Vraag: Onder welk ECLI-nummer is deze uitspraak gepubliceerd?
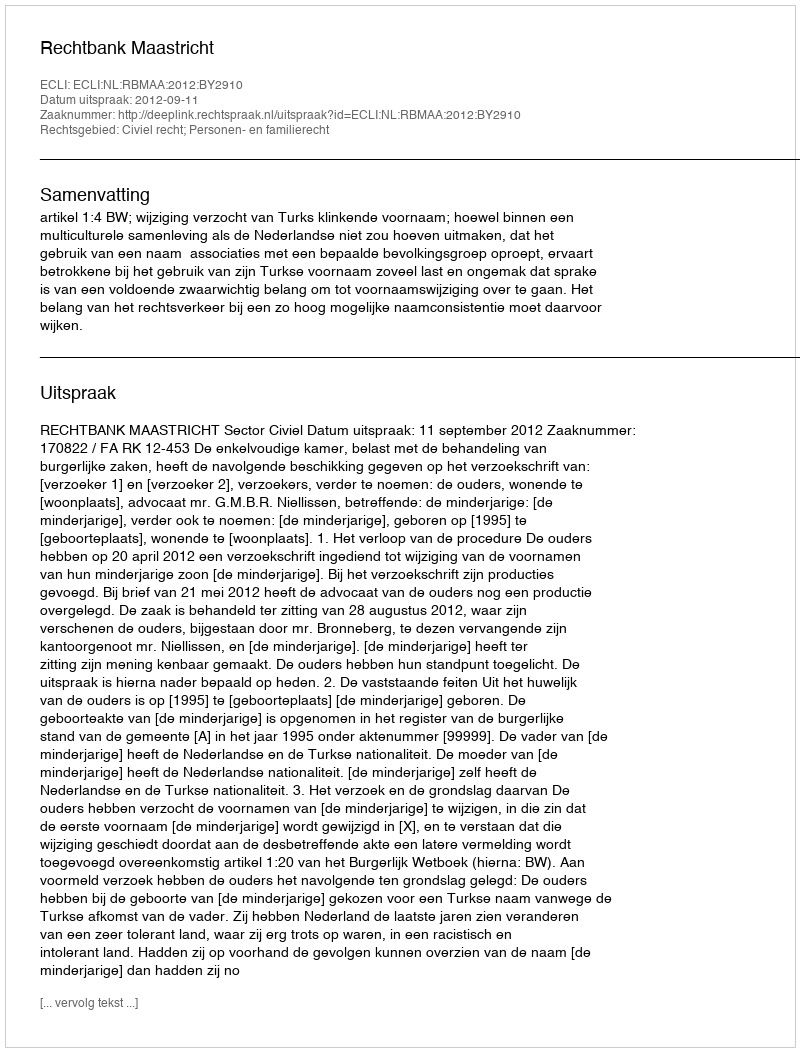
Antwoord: ECLI:NL:RBMAA:2012:BY2910